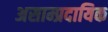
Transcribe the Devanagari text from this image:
असाम्प्रदायिक